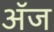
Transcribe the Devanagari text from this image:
अॅज